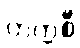
တက္ကစီ